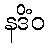
နဒိံဝ